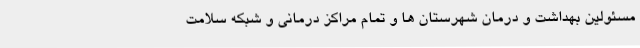
مسئولین بهداشت و درمان شهرستان ها و تمام مراکز درمانی و شبکه سلامت